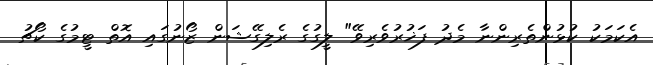
އެކަމަކު ކުޅުންތެރިންނާ މެދު ފަޚުރުވެރިވޭ" ލީގުގެ ރެލިގޭޝަން ޒޯނުގައި އޮތް ޓީމުގެ ކޯޗު